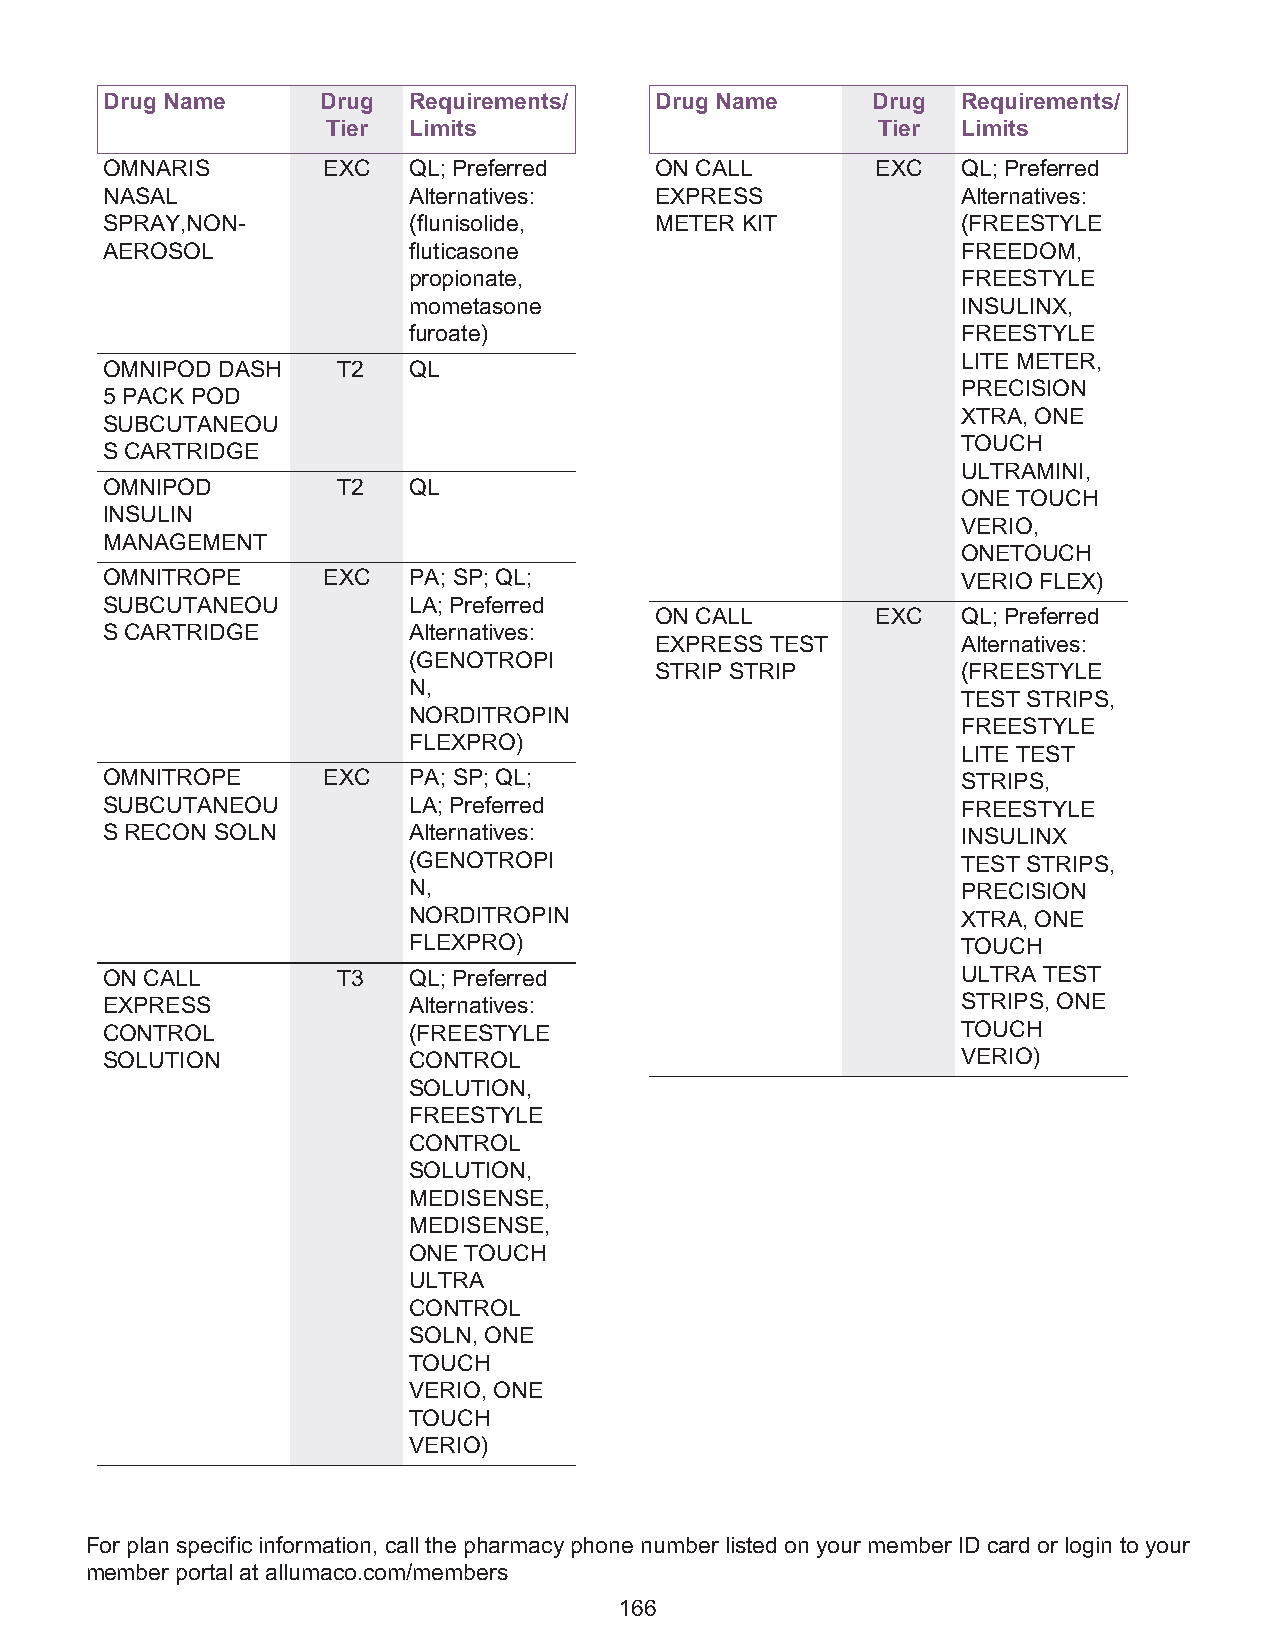
Drug Name     Drug  Requirements/   Drug Name      Drug  Requirements/
 Tier Limits                         Tier  Limits
 OMNARIS       EXC   QL; Preferred   ON CALL        EXC   QL; Preferred
 NASAL               Alternatives:   EXPRESS              Alternatives:
 SPRAY,NON-          (flunisolide,   METER KIT            (FREESTYLE
 AEROSOL             fluticasone                          FREEDOM,
 propionate,                          FREESTYLE
 mometasone                           INSULINX,
 furoate)                             FREESTYLE
 LITE METER,
 OMNIPOD DASH   T2   QL
 PRECISION
 5 PACK POD
 XTRA, ONE
 SUBCUTANEOU
 TOUCH
 S CARTRIDGE
 ULTRAMINI,
 OMNIPOD        T2   QL
 ONE TOUCH
 INSULIN
 VERIO,
 MANAGEMENT
 ONETOUCH
 OMNITROPE     EXC   PA; SP; QL;                          VERIO FLEX)
 SUBCUTANEOU         LA; Preferred
 ON CALL        EXC   QL; Preferred
 S CARTRIDGE         Alternatives:
 EXPRESS TEST         Alternatives:
 (GENOTROPI
 STRIP STRIP          (FREESTYLE
 N,
 TEST STRIPS,
 NORDITROPIN
 FREESTYLE
 FLEXPRO)
 LITE TEST
 OMNITROPE     EXC   PA; SP; QL;                          STRIPS,
 SUBCUTANEOU         LA; Preferred                        FREESTYLE
 S RECON SOLN        Alternatives:                        INSULINX
 (GENOTROPI                           TEST STRIPS,
 N,                                   PRECISION
 NORDITROPIN                          XTRA, ONE
 FLEXPRO)                             TOUCH
 ON CALL        T3   QL; Preferred                        ULTRA TEST
 EXPRESS             Alternatives:                        STRIPS, ONE
 CONTROL             (FREESTYLE                           TOUCH
 SOLUTION            CONTROL                              VERIO)
 SOLUTION,
 FREESTYLE
 CONTROL
 SOLUTION,
 MEDISENSE,
 MEDISENSE,
 ONE TOUCH
 ULTRA
 CONTROL
 SOLN, ONE
 TOUCH
 VERIO, ONE
 TOUCH
 VERIO)
 For plan specific information, call the pharmacy phone number listed on your member ID card or login to your
 member portal at allumaco.com/members
 166